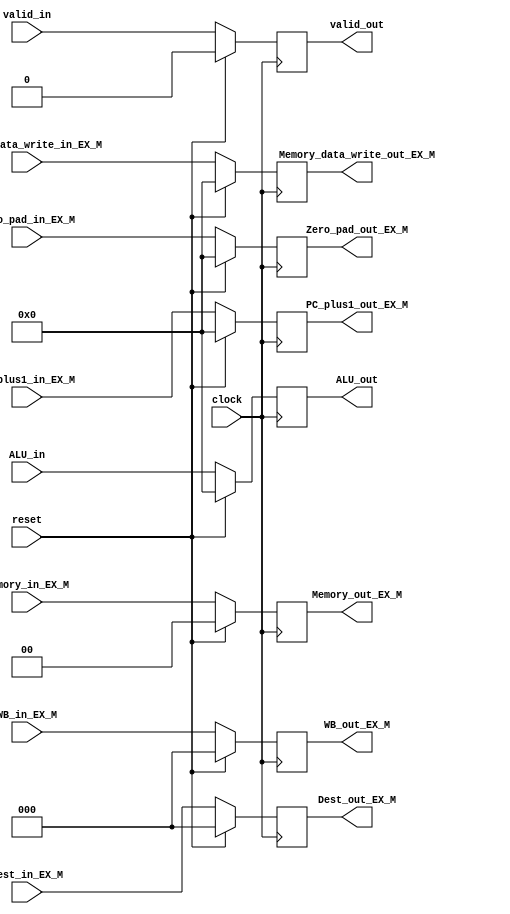
module Ex_Mem_reg
(
PC_plus1_out_EX_M,
WB_out_EX_M,
Memory_out_EX_M,
Memory_data_write_out_EX_M,
ALU_out,
Zero_pad_out_EX_M,
Dest_out_EX_M,
valid_out,

PC_plus1_in_EX_M,
WB_in_EX_M,
Memory_in_EX_M,
Memory_data_write_in_EX_M,
ALU_in,
Zero_pad_in_EX_M,
Dest_in_EX_M,
valid_in,
clock,
reset
);

output reg [15:0] PC_plus1_out_EX_M;
output reg [2:0] WB_out_EX_M;
output reg [1:0] Memory_out_EX_M;
output reg [15:0] ALU_out, Memory_data_write_out_EX_M, Zero_pad_out_EX_M;
output reg [2:0] Dest_out_EX_M;
output reg valid_out;



input [15:0] PC_plus1_in_EX_M;
input [2:0] WB_in_EX_M;
input [1:0] Memory_in_EX_M;
input [15:0] ALU_in, Memory_data_write_in_EX_M, Zero_pad_in_EX_M;
input [2:0] Dest_in_EX_M;
input clock;
input reset;
input valid_in;

initial
begin
	PC_plus1_out_EX_M = 16'b0;
	WB_out_EX_M = 3'b0;
	Memory_out_EX_M = 2'b0;
	ALU_out = 16'b0;
	Memory_data_write_out_EX_M =16'b0;
	Zero_pad_out_EX_M = 16'b0;
	Dest_out_EX_M = 3'b0;
end

always @(posedge clock)
begin
	if(! reset)
		begin
			PC_plus1_out_EX_M <= PC_plus1_in_EX_M;
			WB_out_EX_M <= WB_in_EX_M;
			Memory_out_EX_M <= Memory_in_EX_M;
			ALU_out <= ALU_in;
			Memory_data_write_out_EX_M <= Memory_data_write_in_EX_M;
			Zero_pad_out_EX_M <= Zero_pad_in_EX_M;
			Dest_out_EX_M <= Dest_in_EX_M;
			valid_out<=valid_in;
			
		end
	else
		begin
			PC_plus1_out_EX_M <= 16'b0;
			WB_out_EX_M <= 3'b0;
			Memory_out_EX_M <= 2'b0;
			ALU_out <= 16'b0;
			Memory_data_write_out_EX_M <=16'b0;
			Zero_pad_out_EX_M <= 16'b0;
			Dest_out_EX_M <= 3'b0;
			valid_out<=1'b0;
			
		end
end

endmodule